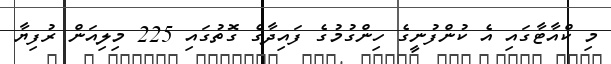
މި ކްއާޓާގައި އެ ކުންފުނީގެ ހިންގުމުގެ ފައިދާގެ ގޮތުގައި 225 މިލިއަން ރުފިޔާ